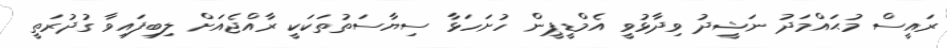
ރައީސް މުޙައްމަދު ނަޝީދު ވިދާޅުވީ އެމްޑީޕީން ހުށަހަޅާ ސިޔާސަތުތަކަކީ ރާއްޖެއަށް ލިބިފައިވާ ގުދުރަތީ